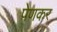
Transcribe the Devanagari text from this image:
पेणकर